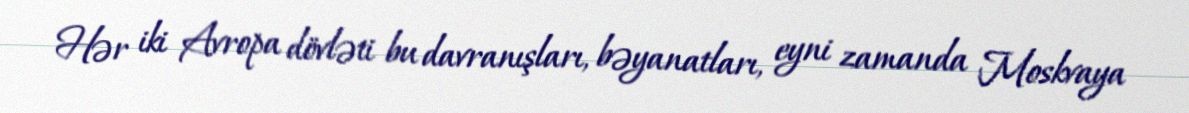
Hər iki Avropa dövləti bu davranışları, bəyanatları, eyni zamanda Moskvaya